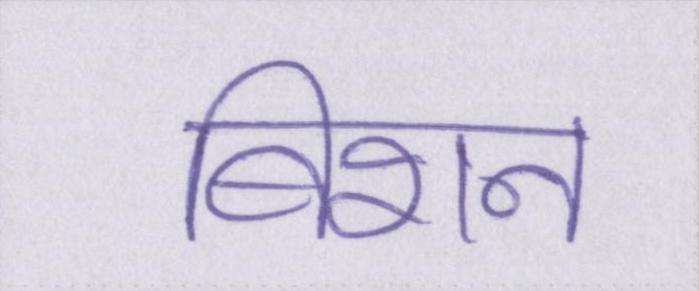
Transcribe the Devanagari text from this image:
बिशन